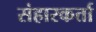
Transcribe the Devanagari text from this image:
संहारकर्त्ता